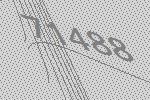
71488